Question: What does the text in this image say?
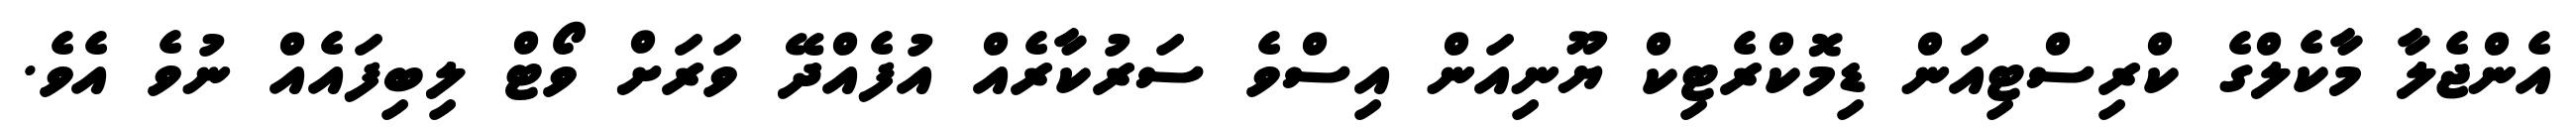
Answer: އެންޖެލާ މާކެލްގެ ކްރިސްޓިއަން ޑިމޮކްރެޓިކް ޔޫނިއަން އިސްވެ ސަރުކާރެއް އުފެއްދޭ ވަރަށް ވޯޓް ލިބިފައެއް ނުވެ އެވެ.